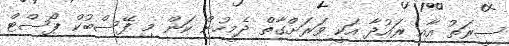
ސީރަތު އާއި ރައުދާ އަކީ ވަރަށްގާތް ދެމީހުން ކަން މި ފޭސްބުކް ޕޯސްޓް